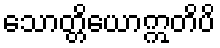
သောတ္တိယောဣတိပိ